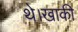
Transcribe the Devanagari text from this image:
थे।खाकी